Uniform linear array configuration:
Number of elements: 12
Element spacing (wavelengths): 1
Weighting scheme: binomial
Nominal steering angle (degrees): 0
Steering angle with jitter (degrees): -0.5799
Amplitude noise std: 0.05
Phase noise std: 0.05

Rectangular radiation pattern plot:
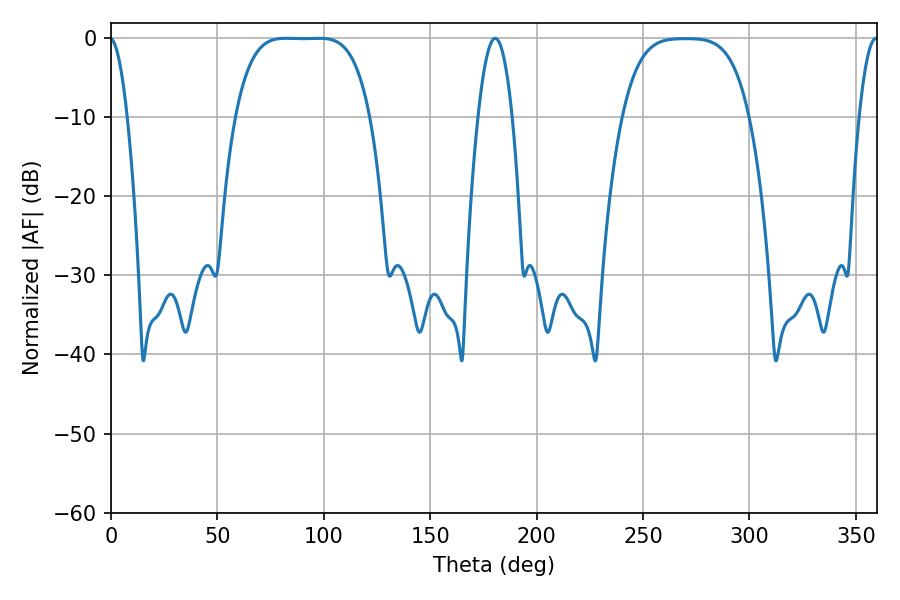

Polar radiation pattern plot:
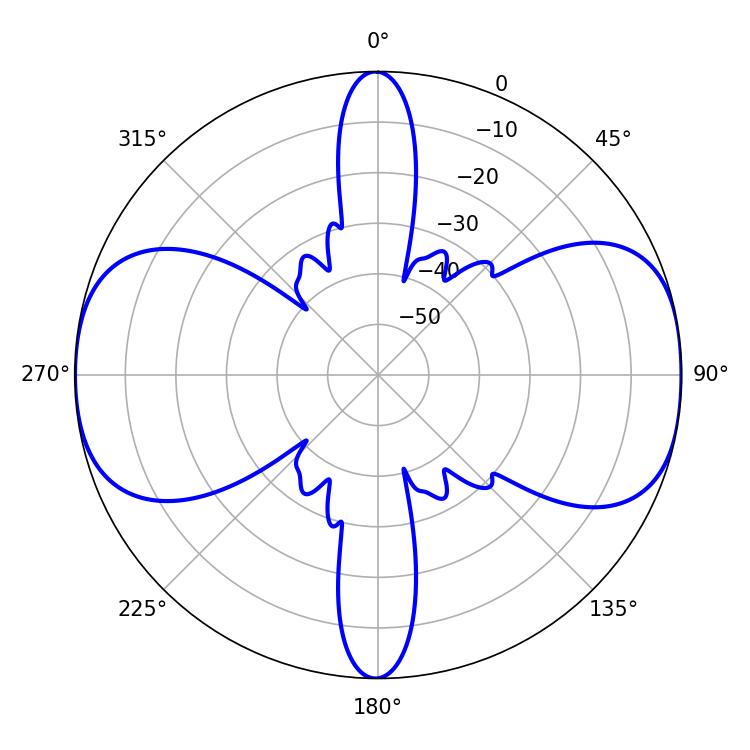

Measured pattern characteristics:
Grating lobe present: TRUE
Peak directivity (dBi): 13.411
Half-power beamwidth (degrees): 47.88
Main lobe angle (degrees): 82.26